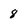
Character: 8